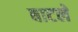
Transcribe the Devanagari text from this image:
बाटले